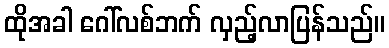
ထိုအခါ ဂေါ်လစ်ဘက် လှည့်လာပြန်သည်။